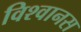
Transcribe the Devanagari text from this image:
विश्‍वानस